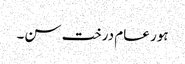
ہور عام درخت سن۔